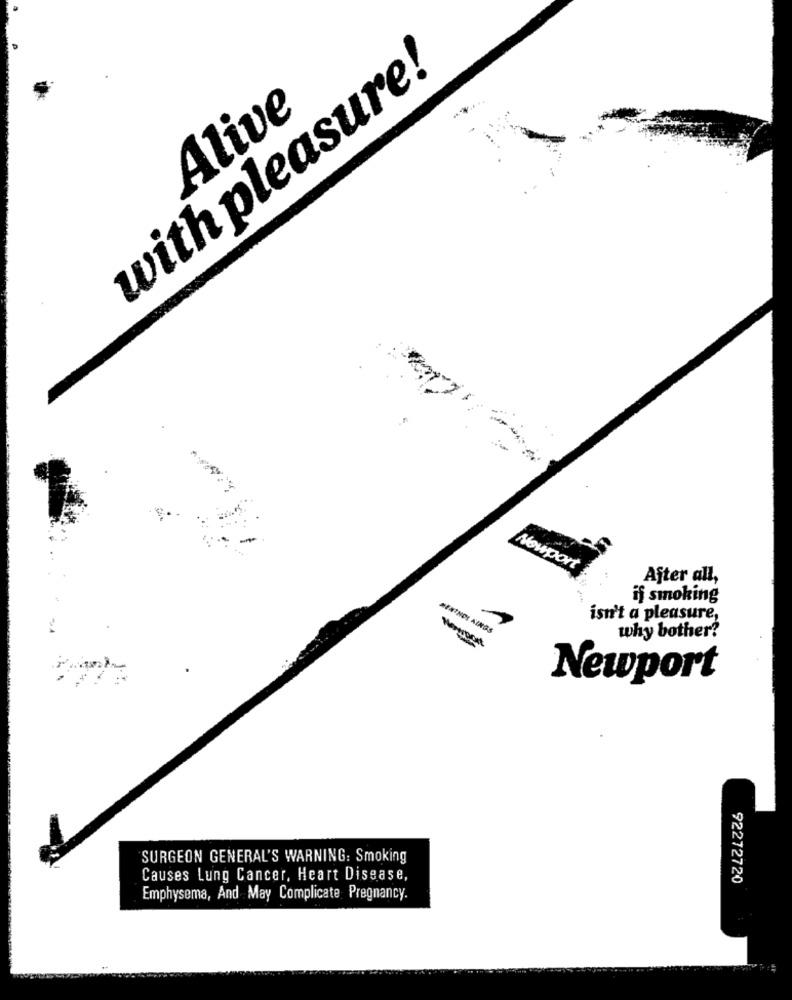
with pleasure!
Alive
Nowport
After all,
if smoking
isn't a pleasure,
why bother?
Negroart
Newport
SURGEON GENERAL'S WARNING: Smoking
Causes Lung Cancer, Heart Disease,
92272720
Emphysema, And May Complicate Pregnancy.